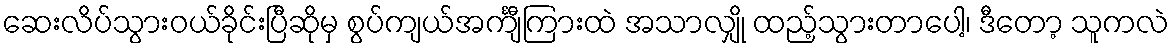
ဆေးလိပ်သွားဝယ်ခိုင်းပြီဆိုမှ စွပ်ကျယ်အင်္ကျီကြားထဲ အသာလျှို ထည့်သွားတာပေါ့၊ ဒီတော့ သူကလဲ